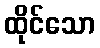
ထိုင်သော